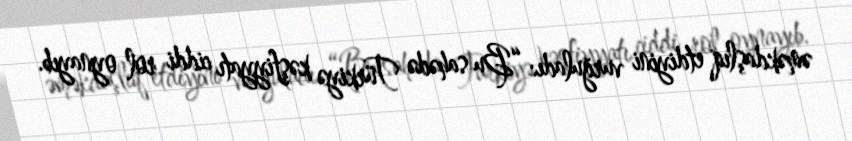
əməkdaşlıq etdiyini vurğuladı: “Bu sahədə Türkiyə kəşfiyyatı ciddi rol oynayıb.